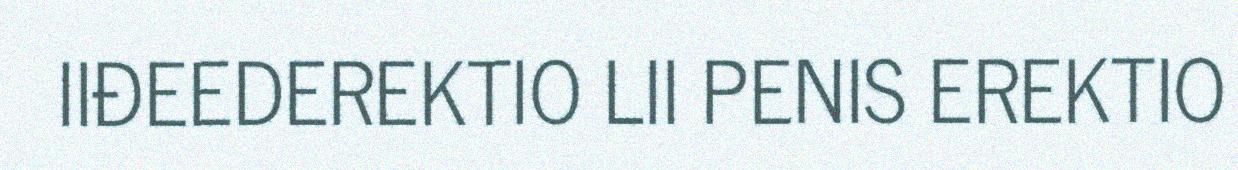
IIĐEEDEREKTIO LII PENIS EREKTIO